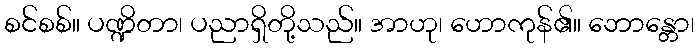
စင်စစ်။ ပဏ္ဍိတာ၊ ပညာရှိတို့သည်။ အာဟု၊ ဟောကုန်၏။ ဘောန္တော၊